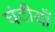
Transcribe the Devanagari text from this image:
घंटीयाँ